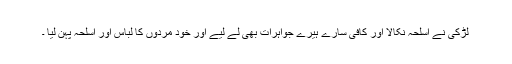
لڑکی نے اسلحہ نکالا اور کافی سارے ہیرے جواہرات بھی لے لیے اور خود مردوں کا لباس اور اسلحہ پہن لیا ۔